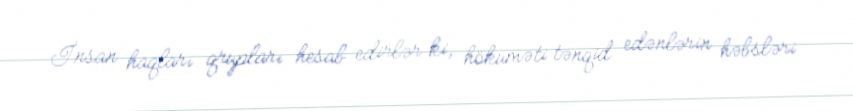
İnsan haqları qrupları hesab edirlər ki, hökuməti tənqid edənlərin həbsləri